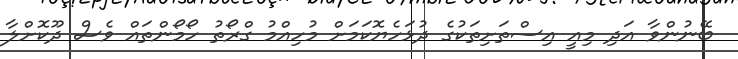
ބޭނުންވާ އަދި މިއީ އިސްތަށިތަކުގެ ދުޅަހެޔޮކަމަށް މުހިއްމު ގްރޯތު ހޯމޯންތައް ވެސް ދޫކޮށްލާ